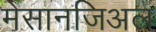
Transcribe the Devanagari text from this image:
मेसानजिअल